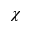
\chi